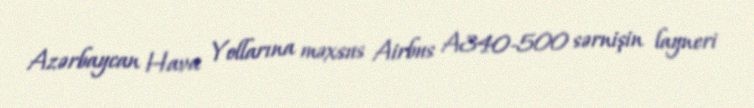
Azərbaycan Hava Yollarına məxsus Airbus A340-500 sərnişin layneri